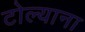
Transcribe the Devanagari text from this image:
टोल्याना